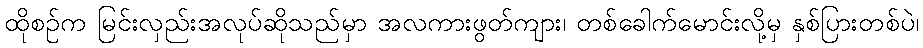
ထိုစဉ်က မြင်းလှည်းအလုပ်ဆိုသည်မှာ အလကားဖွတ်ကျား၊ တစ်ခေါက်မောင်းလို့မှ နှစ်ပြားတစ်ပဲ၊